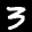
Label: 3